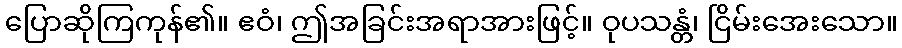
ပြောဆိုကြကုန်၏။ ဧဝံ၊ ဤအခြင်းအရာအားဖြင့်။ ဝုပသန္တံ၊ ငြိမ်းအေးသော။